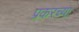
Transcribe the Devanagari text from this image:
प्रकरच्या